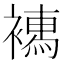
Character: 𧝄